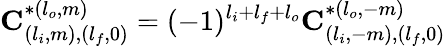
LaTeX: \mathbf{C}_{(l_{i},m),(l_{f},0)}^{*(l_{o},m)}=(-1)^{l_{i}+l_{f}+l_{o}}\mathbf{C}_{(l_{i},-m),(l_{f},0)}^{*(l_{o},-m)}